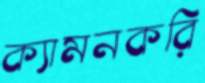
ক্যামনকরি